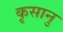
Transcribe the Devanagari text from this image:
कृसानु